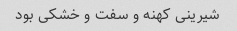
شیرینی کهنه و سفت و خشکی بود